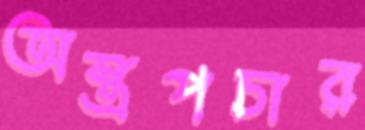
অস্ত্রপচার